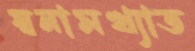
স্বনামখ্যাত